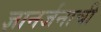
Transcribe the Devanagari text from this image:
ज्ञानर्जनाची